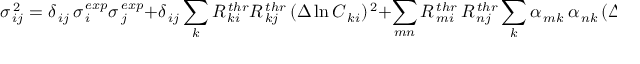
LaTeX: \sigma _ { \, i j } ^ { \, 2 } = \delta _ { \, i j } \, \sigma _ { \, i } ^ { \, e x p } \sigma _ { \, j } ^ { \, e x p } + \delta _ { \, i j } \sum _ { k } R _ { \, k i } ^ { \, t h r } R _ { \, k j } ^ { \, t h r } \, ( \Delta \ln C _ { \, k i } ) ^ { \, 2 } + \sum _ { m n } R _ { \, m i } ^ { \, t h r } \, R _ { \, n j } ^ { \, t h r } \sum _ { k } \alpha _ { \, m k } \, \alpha _ { \, n k } \, ( \Delta \ln X _ { \, k } ) ^ { \, 2 } \ .